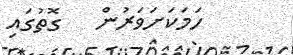
ހަމަކަށަވަރުން   ގޮތުގައި